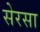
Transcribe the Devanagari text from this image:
सेरसा